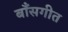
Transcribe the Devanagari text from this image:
बाँसगीत